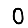
Digit: 0